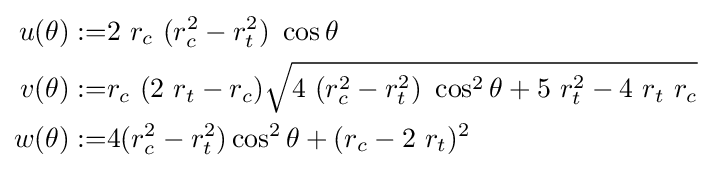
{\begin{aligned}u(\theta ):=&2~r_{c}~(r_{c}^{2}-r_{t}^{2})~\cos \theta \\v(\theta ):=&r_{c}~(2~r_{t}-r_{c}){\sqrt {4~(r_{c}^{2}-r_{t}^{2})~\cos ^{2}\theta +5~r_{t}^{2}-4~r_{t}~r_{c}}}\\w(\theta ):=&4(r_{c}^{2}-r_{t}^{2})\cos ^{2}\theta +(r_{c}-2~r_{t})^{2}\end{aligned}}